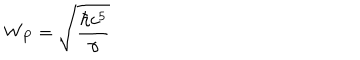
LaTeX: W _ { P } = \sqrt { \frac { \hbar c ^ { 5 } } { \gamma } }